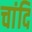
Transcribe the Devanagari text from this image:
चांदि